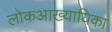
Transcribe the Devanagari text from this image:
लोकआख्यायिका